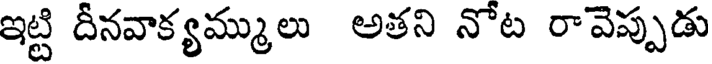
ఇట్టి దీనవాక్యమ్ములు అతని నోట రావెప్పుడు